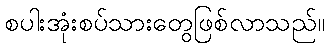
စပါးအုံးစပ်သားတွေဖြစ်လာသည်။